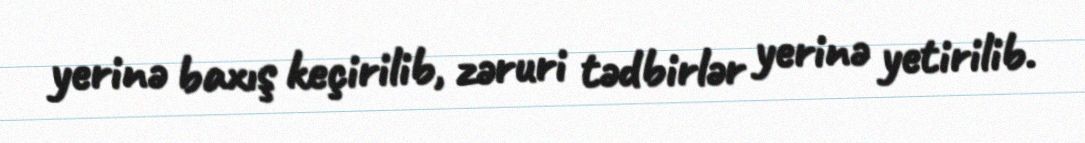
yerinə baxış keçirilib, zəruri tədbirlər yerinə yetirilib.